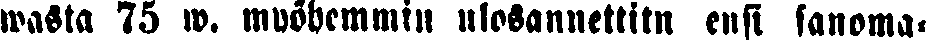
wassa 75 w. myöhemmin ulosannettitn ensi sanoma-